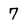
Character: 7